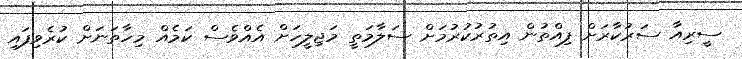
ސީރިއާ ސަރުކާރަށް ފިއްތުން އިތުރުކުރުމަށް ސަލާމަތީ މަޖިލީހަށް އެއްވެސް ކަމެއް މިހާތަނަށް ކުރެވިފައި